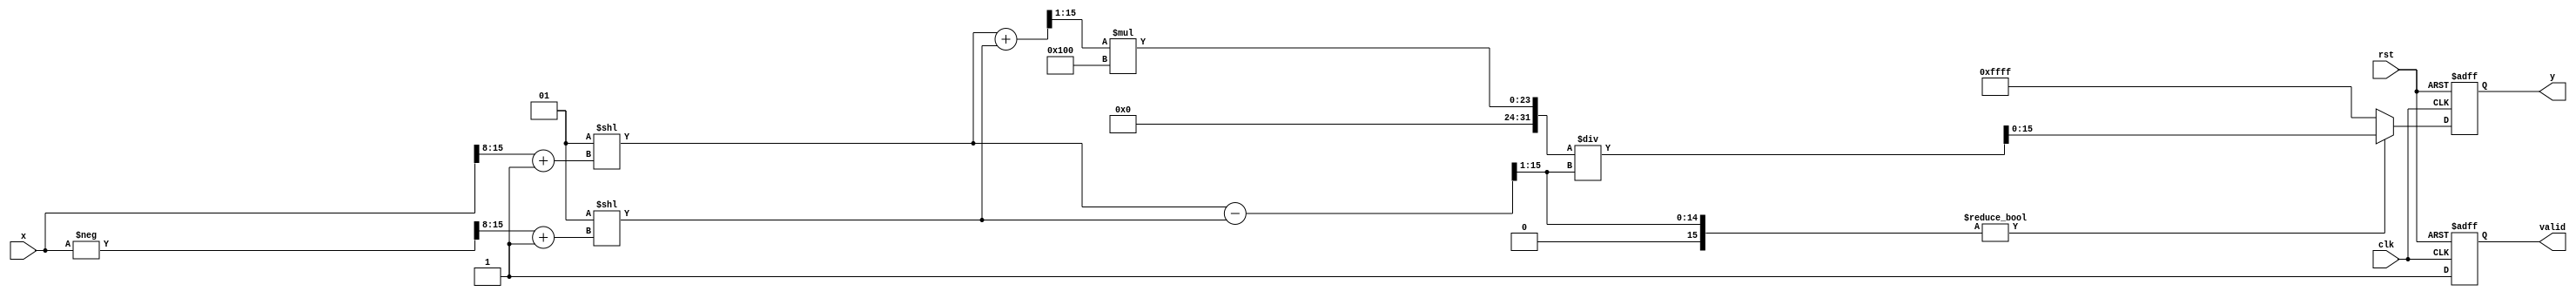
module hyperbolic_cotangent #(
    parameter N = 16, // Total bits for input (n + m)
    parameter P = 16, // Total bits for output (p + q)
    parameter M = 8   // Fractional bits
)(
    input wire clk,
    input wire rst,
    input wire [N-1:0] x, // Fixed-point input
    output reg [P-1:0] y, // Fixed-point output
    output reg valid // Output valid signal
);

    // Internal signals
    wire [N-1:0] exp_x;
    wire [N-1:0] exp_neg_x;
    wire [N-1:0] cosh_x;
    wire [N-1:0] sinh_x;
    wire [P-1:0] coth_x;

    // Simple exponential approximation (for demonstration purposes)
    // Replace with a more accurate method (CORDIC, Taylor series, etc.)
    function [N-1:0] exp_approx;
        input [N-1:0] val;
        begin
            // This is a placeholder for a proper exponential function.
            // Implement an accurate method for calculating e^val.
            exp_approx = (1 << (val[N-1:M] + 1)); // Example: e^x ~ 2^x
        end
    endfunction

    // Compute e^X and e^(-X)
    assign exp_x = exp_approx(x);
    assign exp_neg_x = exp_approx(-x); // Replace with proper negation handling

    // Compute hyperbolic cosine and sine
    assign cosh_x = (exp_x + exp_neg_x) >> 1; // cosh(X) = (e^X + e^(-X)) / 2
    assign sinh_x = (exp_x - exp_neg_x) >> 1; // sinh(X) = (e^X - e^(-X)) / 2

    // Compute coth(X)
    assign coth_x = (sinh_x != 0) ? (cosh_x * (1 << M)) / sinh_x : {P{1'b1}}; // Handle division, output max value on division by zero

    // FSM for control logic
    always @(posedge clk or posedge rst) begin
        if (rst) begin
            y <= 0;
            valid <= 0;
        end else begin
            y <= coth_x;
            valid <= 1;
        end
    end

endmodule